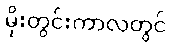
မိုးတွင်းကာလတွင်